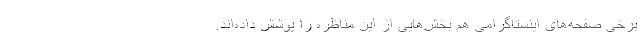
برخی صفحه‌های اینستاگرامی هم بخش‌هایی از این مناظره را پوشش داده‌اند.